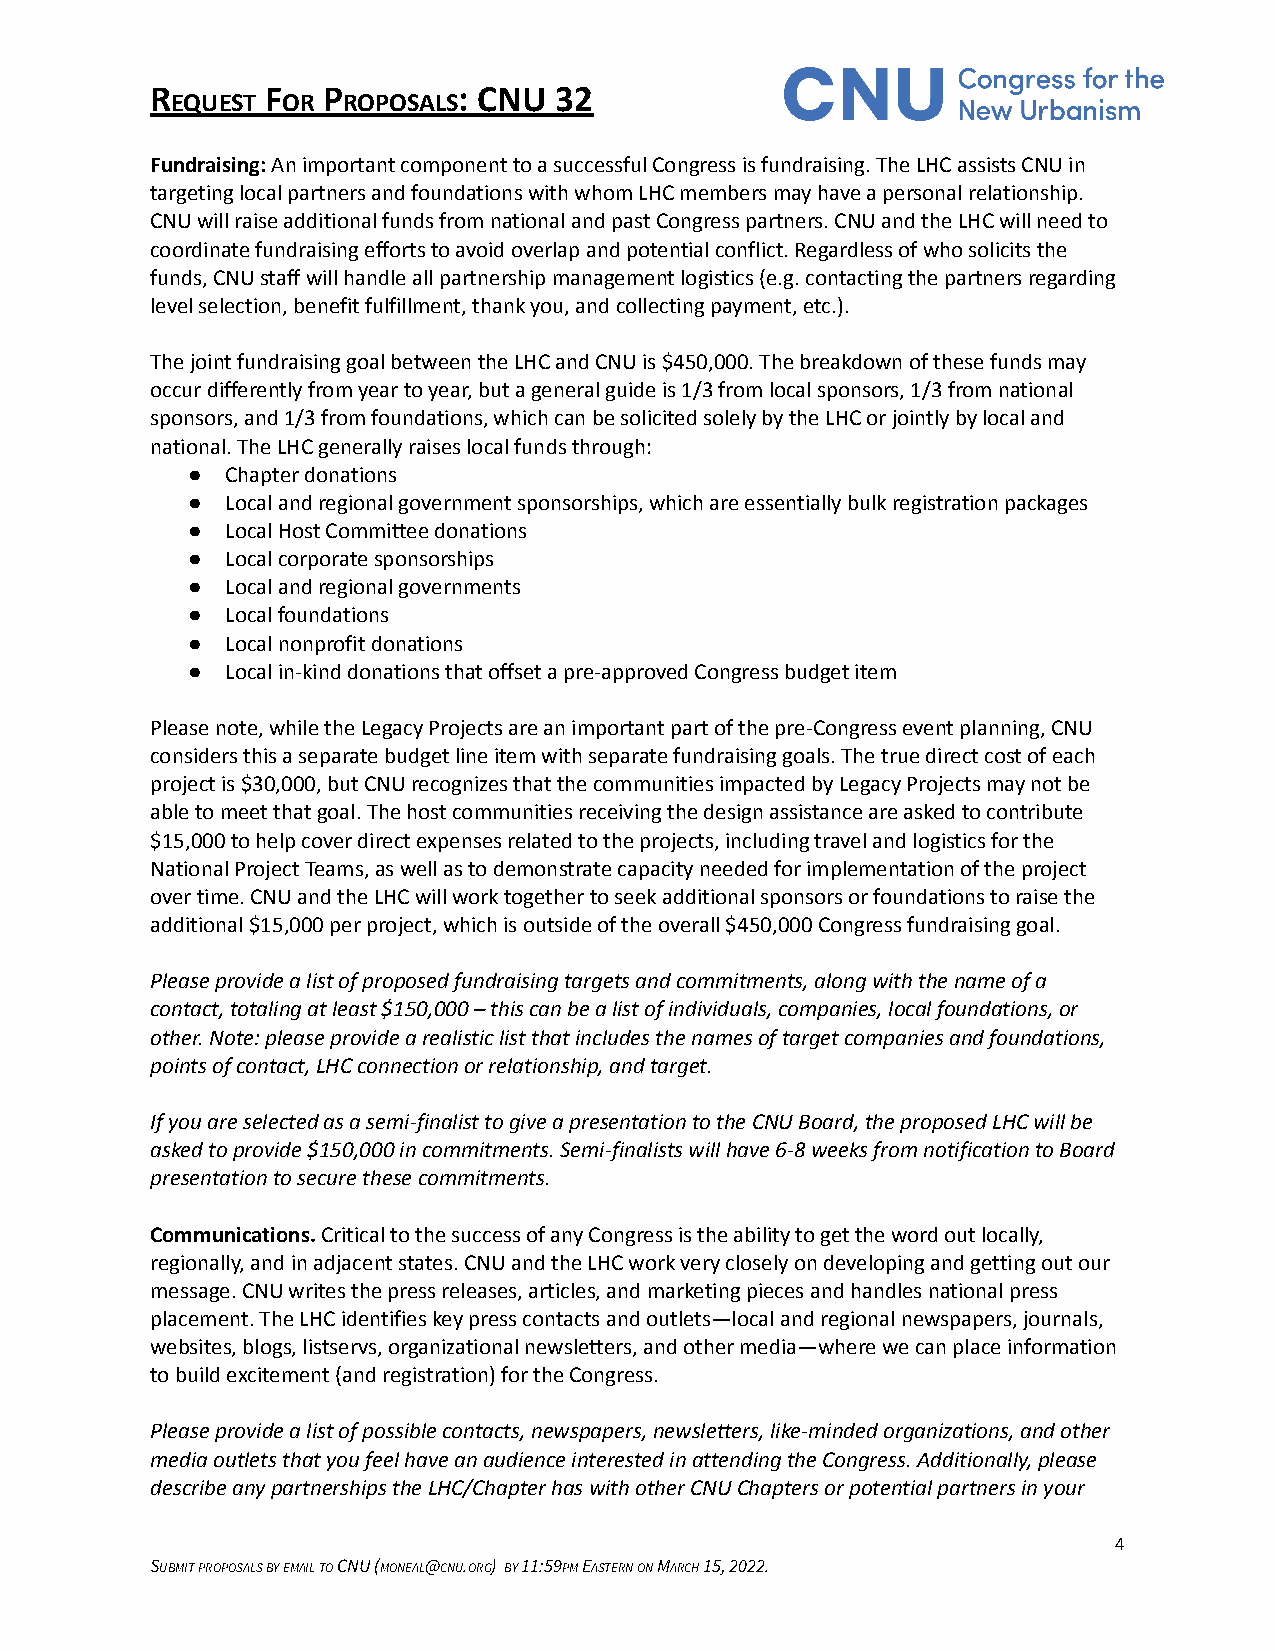
R       F  P        : CNU  32
 EQUEST  OR  ROPOSALS
 Fundraising:An important component to a successful Congress is fundraising. The LHC assists CNU in
 targeting local partners and foundations with whom LHC members may have a personal relationship.
 CNU will raise additional funds from national and past Congress partners. CNU and the LHC will need to
 coordinate fundraising efforts to avoid overlap and potential conflict. Regardless of who solicits the
 funds, CNU staff will handle all partnership management logistics (e.g. contacting the partners regarding
 level selection, benefit fulfillment, thank you, and collecting payment, etc.).
 The joint fundraising goal between the LHC and CNU is $450,000. The breakdown of these funds may
 occur differently from year to year, but a general guide is 1/3 from local sponsors, 1/3 from national
 sponsors, and 1/3 from foundations, which can be solicited solely by the LHC or jointly by local and
 national. The LHC generally raises local funds through:
 ●  Chapter donations
 ●  Local and regional government sponsorships, which are essentially bulk registration packages
 ●  Local Host Committee donations
 ●  Local corporate sponsorships
 ●  Local and regional governments
 ●  Local foundations
 ●  Local nonprofit donations
 ●  Local in-kind donations that offset a pre-approved Congress budget item
 Please note, while the Legacy Projects are an important part of the pre-Congress event planning, CNU
 considers this a separate budget line item with separate fundraising goals. The true direct cost of each
 project is $30,000, but CNU recognizes that the communities impacted by Legacy Projects may not be
 able to meet that goal. The host communities receiving the design assistance are asked to contribute
 $15,000 to help cover direct expenses related to the projects, including travel and logistics for the
 National Project Teams, as well as to demonstrate capacity needed for implementation of the project
 over time. CNU and the LHC will work together to seek additional sponsors or foundations to raise the
 additional $15,000 per project, which is outside of the overall $450,000 Congress fundraising goal.
 Please provide a list of proposed fundraising targets and commitments, along with the name of a
 contact, totaling at least $150,000 – this can be a list of individuals, companies, local foundations, or
 other. Note: please provide a realistic list that includes the names of target companies and foundations,
 points of contact, LHC connection or relationship, and target.
 If you are selected as a semi-finalist to give a presentation to the CNU Board, the proposed LHC will be
 asked to provide $150,000 in commitments. Semi-finalists will have 6-8 weeks from notification to Board
 presentation to secure these commitments.
 Communications.Critical to the success of any Congressis the ability to get the word out locally,
 regionally, and in adjacent states. CNU and the LHC work very closely on developing and getting out our
 message. CNU writes the press releases, articles, and marketing pieces and handles national press
 placement. The LHC identifies key press contacts and outlets—local and regional newspapers, journals,
 websites, blogs, listservs, organizational newsletters, and other media—where we can place information
 to build excitement (and registration) for the Congress.
 Please provide a list of possible contacts, newspapers, newsletters, like-minded organizations, and other
 media outlets that you feel have an audience interested in attending the Congress. Additionally, please
 describe any partnerships the LHC/Chapter has with other CNU Chapters or potential partners in your
 4
 SUBMITPROPOSALSBYEMAILTOCNU (MONEAL@CNU.ORG) BY11:59PMEASTERNONMARCH15, 2022.